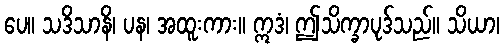
ပေ။ သဒိသာနိ၊ ပန၊ အထူးကား။ ဣဒံ၊ ဤသိက္ခာပုဒ်သည်။ သိယာ၊